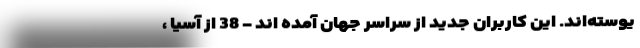
یوسته‌اند. این کاربران جدید از سراسر جهان آمده اند - 38 از آسیا ،